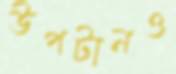
উপটানও